Lunatic asylums in Bengal annual reports 1912-1924 - 1912-1924
Year: 1912
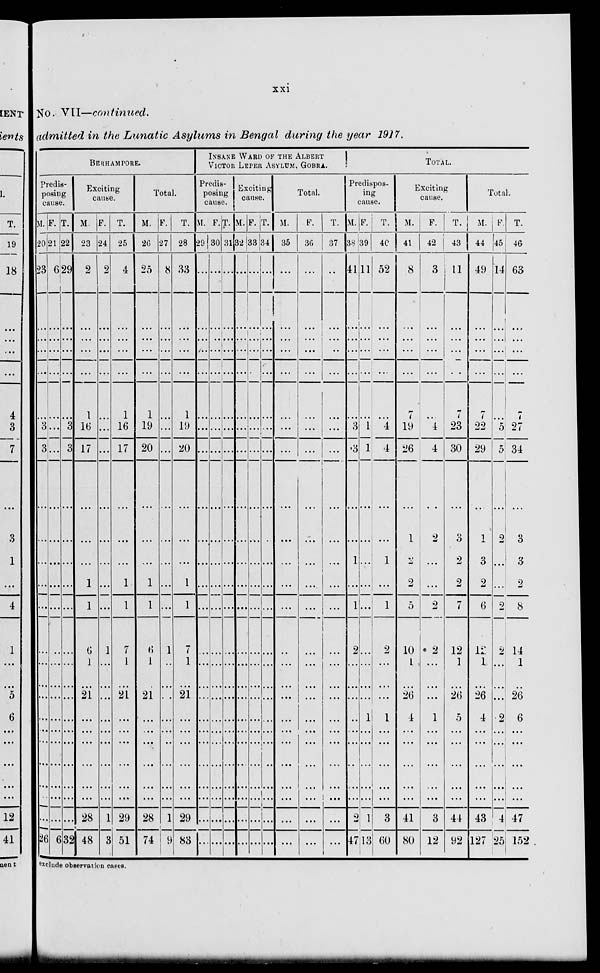
xxi
No. VII—continued.
admitted in the Lunatic Asylums in Bengal during the year 1917.
BERHAMPORE.
Predis-
posing
cause.
M.
20
23
...
...
...
...
...
3
3
...
...
...
...
...
...
...
...
...
...
...
...
...
...
...
...
26
F.
21
6
...
...
...
...
...
...
...
...
...
...
...
...
...
...
...
...
...
...
...
...
...
...
...
6
T.
22
29
...
...
...
...
...
3
3
...
...
...
...
...
...
...
...
...
...
...
...
...
...
...
...
32
Exciting
cause.
M.
23
2
...
...
...
...
1
16
17
...
...
...
1
1
6
1
...
21
...
...
...
...
...
...
28
48
F.
24
2
...
...
...
...
...
...
...
...
...
...
...
...
1
...
...
...
...
...
...
...
...
...
1
3
T.
25
4
...
...
...
...
1
16
17
...
...
...
1
1
7
1
...
21
...
...
...
...
...
...
29
51
Total.
M.
26
25
...
...
...
...
1
19
20
...
...
...
1
1
6
1
...
21
...
...
...
...
...
...
28
74
F.
27
8
...
...
...
...
...
...
...
...
...
...
...
...
1
...
...
...
...
...
...
...
...
...
1
9
T.
28
33
...
...
...
...
1
19
20
...
...
...
1
1
7
1
...
21
...
...
...
...
...
...
29
83
INSANE WARD OF THE ALBERT
VICTOR LEPER ASYLUM, GOBRA.
Predis-
posing
cause.
M.
29
...
...
...
...
...
...
...
...
...
...
...
...
...
...
...
...
...
...
...
...
...
...
...
...
...
F.
30
...
...
...
...
...
...
...
...
...
...
...
...
...
...
...
...
...
...
...
...
...
...
...
...
...
T.
31
...
...
...
...
...
...
...
...
...
...
...
...
...
...
...
...
...
...
...
...
...
...
...
...
...
Exciting
cause.
M.
32
...
...
...
...
...
...
...
...
...
...
...
...
...
...
...
...
...
...
...
...
...
...
...
...
...
F.
33
...
...
...
...
...
...
...
...
...
...
...
...
...
...
...
...
...
...
...
...
...
...
...
...
...
T.
34
...
...
...
...
...
...
...
...
...
...
...
...
...
...
...
...
...
...
...
...
...
...
...
...
...
Total.
M.
35
...
...
...
...
...
...
...
...
...
...
...
...
...
...
...
...
...
...
...
...
...
...
...
...
...
F.
36
...
...
...
...
...
...
...
...
...
...
...
...
...
...
...
...
...
...
...
...
...
...
...
...
...
T.
37
...
...
...
...
...
...
...
...
...
...
...
...
...
...
...
...
...
...
...
...
...
...
...
...
...
TOTAL.
Predispos-
ing
cause.
M.
38
41
...
...
...
...
...
3
3
...
...
1
...
1
2
...
...
...
...
...
...
...
...
...
2
47
F.
39
11
...
...
...
...
...
1
1
...
...
...
...
...
...
...
...
...
1
...
...
...
...
...
1
13
T.
40
52
...
...
...
...
...
4
4
...
...
1
...
1
2
...
...
...
1
...
...
...
...
...
3
60
Exciting
cause.
M.
41
8
...
...
...
...
...
19
26
...
1
2
2
5
10
1
...
26
4
...
...
...
...
...
41
80
F.
42
3
...
...
...
...
...
4
4
...
2
...
...
2
2
...
...
...
1
...
...
...
...
...
3
12
T.
43
11
...
...
...
...
7
23
30
...
3
2
2
7
12
1
...
26
5
...
...
...
...
...
44
92
Total.
M.
44
49
...
...
...
...
7
22
29
...
1
3
2
6
12
1
...
26
4
...
...
...
...
...
43
127
F.
45
14
...
...
...
...
...
5
5
...
2
...
...
2
2
...
...
...
2
...
...
...
...
...
4
25
T.
46
63
...
...
...
...
...
27
34
...
3
3
2
8
14
1
...
26
6
...
...
...
...
...
47
152
exclude observation cases.